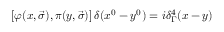
\left[ \varphi ( x , \vec { \sigma } ) , \pi ( y , \vec { \sigma } ) \right] \delta ( x ^ { 0 } - y ^ { 0 } ) = i { \delta } _ { \Gamma } ^ { 4 } ( x - y )